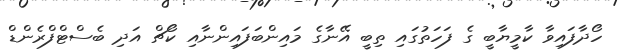
ހޯދާފައިވާ ކާމީޔާބީ ގެ ފަހަތުގައި ތިބީ އޭނާގެ މައިންބަފައިންނާއި ކޯޗް އަދި ބެސްޓްފްރެންޑް